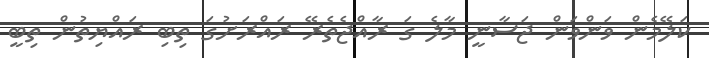
ކަލޭމެން ވަންވަން ޖަސާނީ މާލެ ގަ ރާއްޖެތެރޭ ރައްރަށުގަ ތިބި ރައްޔިތުން ތިބީ